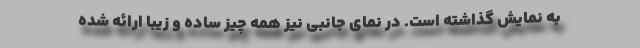
به نمایش گذاشته است. در نمای جانبی نیز همه چیز ساده و زیبا ارائه شده